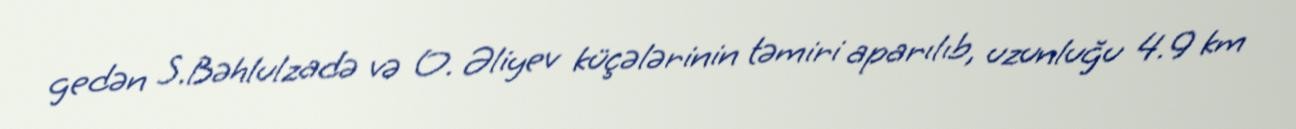
gedən S.Bəhlulzadə və O. Əliyev küçələrinin təmiri aparılıb, uzunluğu 4.9 km